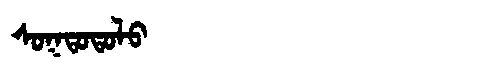
Manchu: ᠰᠣᡴᡨᠣᡨᠣᠯᠣ
Romanization: SOKTOTOLO